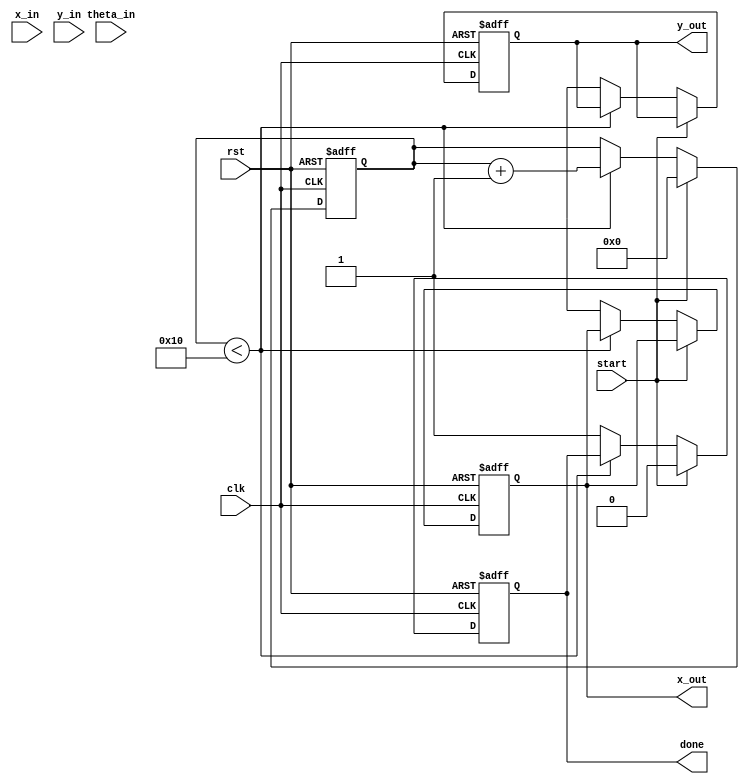
module cordic (
    input wire clk,
    input wire rst,
    input wire start,
    input wire [31:0] x_in, // IEEE 754 single precision
    input wire [31:0] y_in, // IEEE 754 single precision
    input wire [31:0] theta_in, // Angle in radians (IEEE 754)
    output reg [31:0] x_out, // Resulting X (cosine)
    output reg [31:0] y_out, // Resulting Y (sine)
    output reg done
);

    // CORDIC parameters
    parameter NUM_ITERATIONS = 16;
    reg [31:0] x [0:NUM_ITERATIONS-1];
    reg [31:0] y [0:NUM_ITERATIONS-1];
    reg [31:0] theta [0:NUM_ITERATIONS-1];
    reg [31:0] angle_table [0:NUM_ITERATIONS-1]; // Lookup table for arctangent values
    reg [4:0] iteration;
    reg direction; // 0 for clockwise, 1 for counterclockwise

    // Initialize angle table (arctan(2^-i) for i = 0 to NUM_ITERATIONS-1)
    initial begin
        angle_table[0] = 32'h3F000000; // atan(1) = 45 degrees in radians
        angle_table[1] = 32'h3E2AAAAB; // atan(0.5)
        angle_table[2] = 32'h3D555555; // atan(0.25)
        // ... Fill in the rest of the angle table
    end

    // State machine for CORDIC iterations
    always @(posedge clk or posedge rst) begin
        if (rst) begin
            iteration <= 0;
            done <= 0;
            x_out <= 0;
            y_out <= 0;
        end else if (start) begin
            // Initialize inputs
            x[0] <= x_in;
            y[0] <= y_in;
            theta[0] <= theta_in;
            iteration <= 0;
            done <= 0;
        end else if (iteration < NUM_ITERATIONS) begin
            // Determine direction based on theta
            direction <= (theta[iteration][31] == 1'b1) ? 1 : 0;

            // Perform CORDIC rotation
            if (direction) begin
                // Counterclockwise rotation
                x[iteration + 1] <= x[iteration] - (y[iteration] >> iteration);
                y[iteration + 1] <= y[iteration] + (x[iteration] >> iteration);
                theta[iteration + 1] <= theta[iteration] - angle_table[iteration];
            end else begin
                // Clockwise rotation
                x[iteration + 1] <= x[iteration] + (y[iteration] >> iteration);
                y[iteration + 1] <= y[iteration] - (x[iteration] >> iteration);
                theta[iteration + 1] <= theta[iteration] + angle_table[iteration];
            end

            // Increment iteration
            iteration <= iteration + 1;
        end else begin
            // Final output
            x_out <= x[NUM_ITERATIONS];
            y_out <= y[NUM_ITERATIONS];
            done <= 1;
        end
    end

endmodule